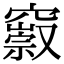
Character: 𥨢